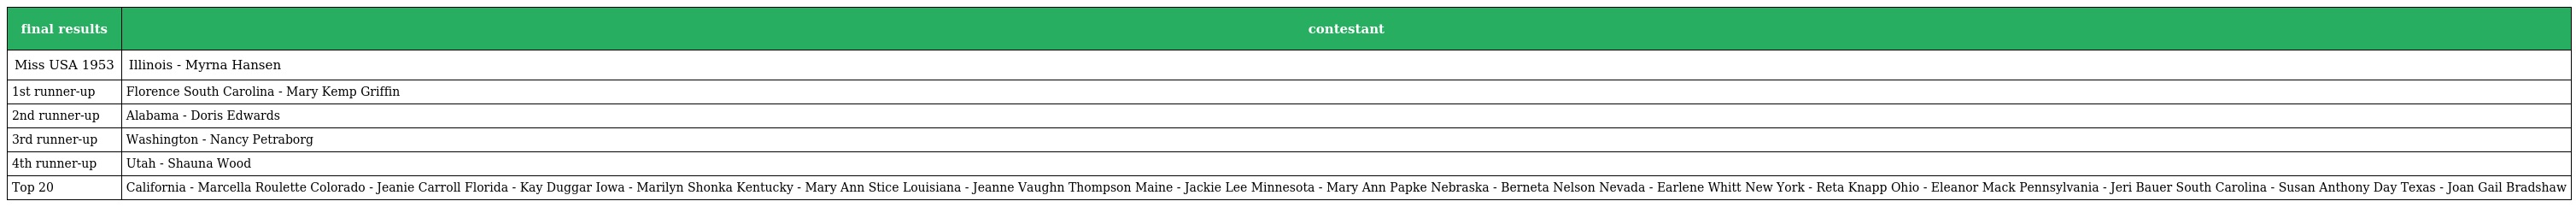
| final results | contestant |
 | --- | --- |
 | Miss USA 1953 | Illinois - Myrna Hansen |
 | 1st runner-up | Florence South Carolina - Mary Kemp Griffin |
 | 2nd runner-up | Alabama - Doris Edwards |
 | 3rd runner-up | Washington - Nancy Petraborg |
 | 4th runner-up | Utah - Shauna Wood |
 | Top 20 | California - Marcella Roulette Colorado - Jeanie Carroll Florida - Kay Duggar Iowa - Marilyn Shonka Kentucky - Mary Ann Stice Louisiana - Jeanne Vaughn Thompson Maine - Jackie Lee Minnesota - Mary Ann Papke Nebraska - Berneta Nelson Nevada - Earlene Whitt New York - Reta Knapp Ohio - Eleanor Mack Pennsylvania - Jeri Bauer South Carolina - Susan Anthony Day Texas - Joan Gail Bradshaw |